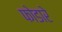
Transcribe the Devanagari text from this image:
फोडारे